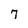
Character: 7